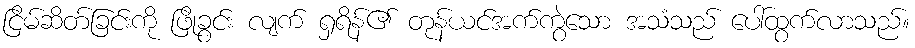
ငြိမ်ဆိတ်ခြင်းကို ဖြိုခွင်း လျက် ရှရိန်၏ တုန်ယင်အက်ကွဲသော အသံသည် ပေါ်ထွက်လာသည်။